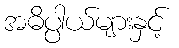
အဓိပ္ပါယ်များနှင့်